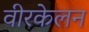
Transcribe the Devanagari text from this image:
वीरकेलन